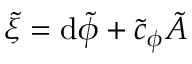
\tilde { \xi } = \mathrm { d } \tilde { \phi } + \tilde { c } _ { \phi } \tilde { A }